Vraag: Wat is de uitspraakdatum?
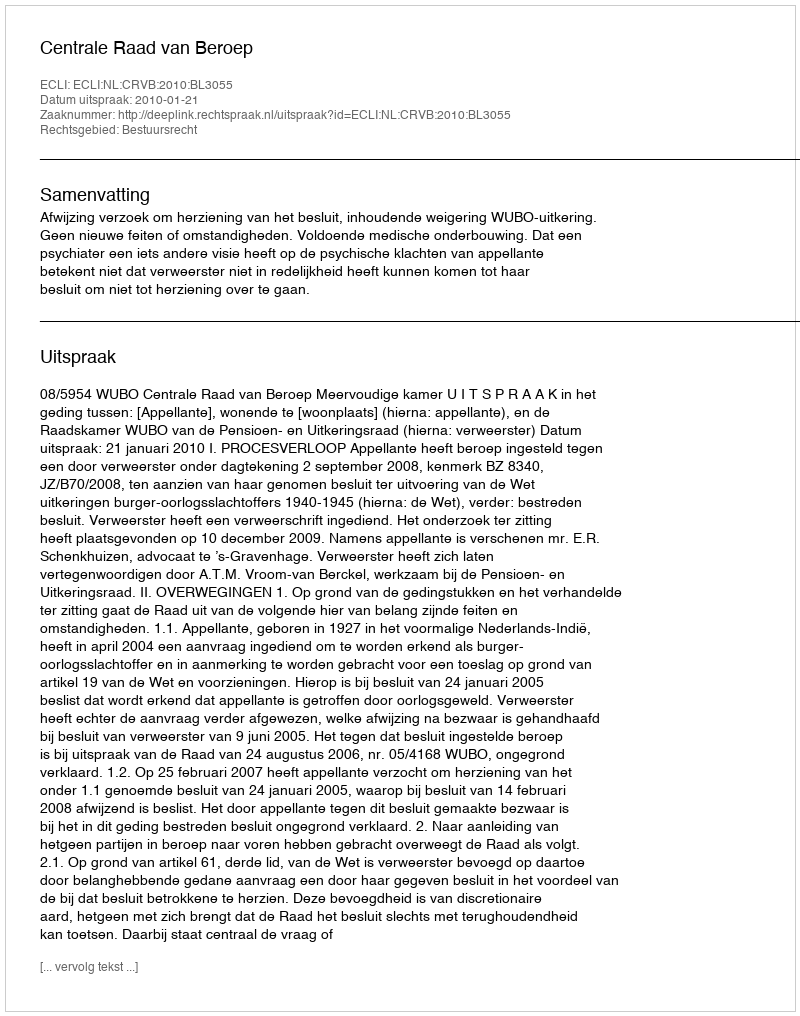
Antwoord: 2010-01-21